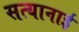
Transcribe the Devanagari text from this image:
सत्यानाई